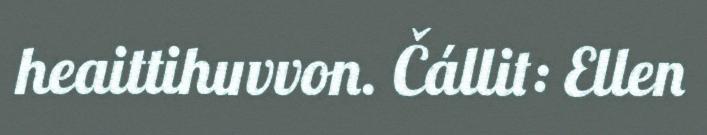
heaittihuvvon. Čállit: Ellen